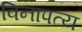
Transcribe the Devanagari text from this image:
विनापत्य